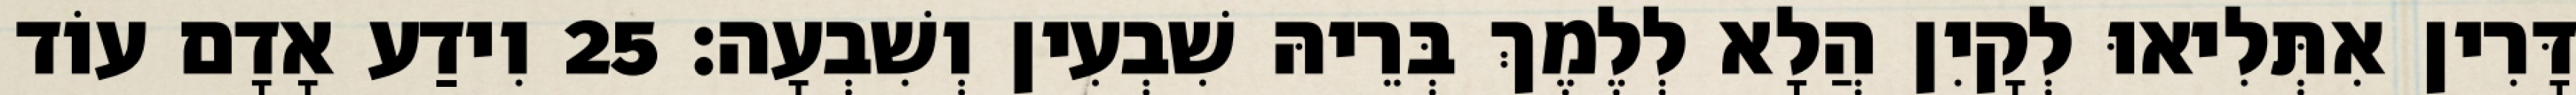
דָּרִין אִתְּלִיאוּ לְקָיִן הֲלָא לְלֶמֶךְ בְּרֵיהּ שִׁבְעִין וְשִׁבְעָה׃ 25 וִידַע אָדָם עוֹד